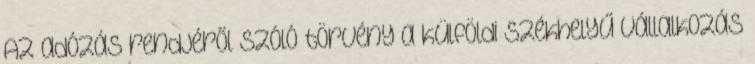
Az adózás rendjéről szóló törvény a külföldi székhelyű vállalkozás